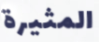
المثيرة